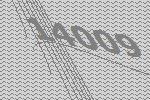
14009